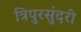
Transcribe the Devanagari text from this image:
त्रिपुरसंुदरी